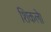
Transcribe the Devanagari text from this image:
शिकले।